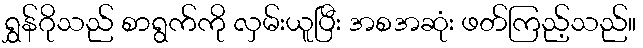
ရွှန်ဂိုသည် စာရွက်ကို လှမ်းယူပြီး အစအဆုံး ဖတ်ကြည့်သည်။